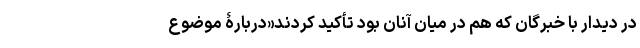
در دیدار با خبرگان که هم در میان آنان بود تأکید کردند«دربارۀ موضوع